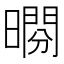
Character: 𣊱